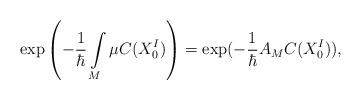
LaTeX: \begin{align*}\exp\left(-\frac{1}{\hbar}\int\limits_M \mu C(X_0^I)\right)=\exp(-\frac{1}{\hbar}A_M C(X_0^I)),\end{align*}